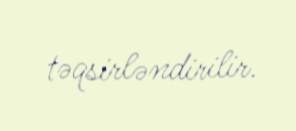
təqsirləndirilir.